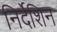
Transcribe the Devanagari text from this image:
निर्देशिन